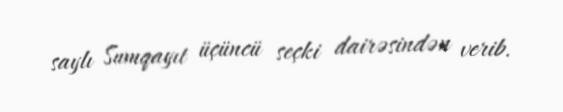
saylı Sumqayıt üçüncü seçki dairəsindən verib.